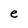
Character: e